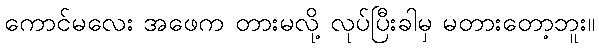
ကောင်မလေး အဖေက တားမလို့ လုပ်ပြီးခါမှ မတားတော့ဘူး။